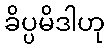
ခိပ္ပမိဒါဟု